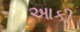
આકી